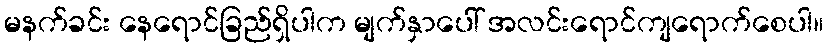
မနက်ခင်း နေရောင်ခြည်ရှိပါက မျက်နှာပေါ် အလင်းရောင်ကျရောက်စေပါ။